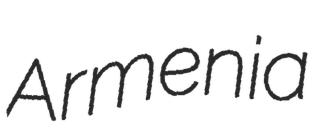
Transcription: Armenia